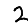
Digit: 2